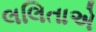
લલિતાએ